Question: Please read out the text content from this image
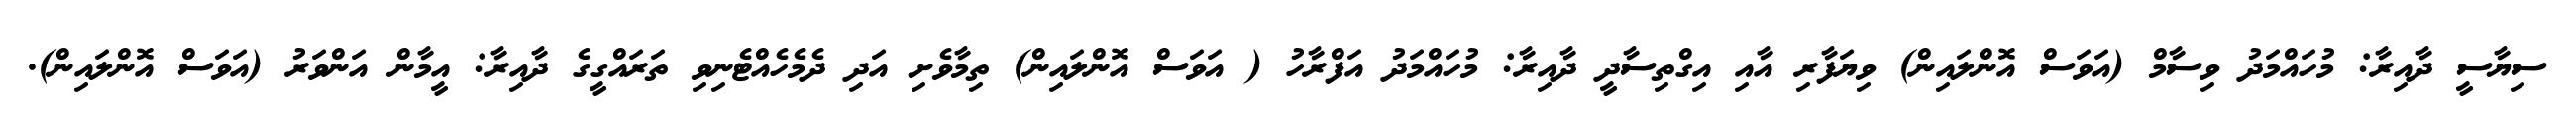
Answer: ސިޔާސީ ދާއިރާ: މުހައްމަދު ވިސާމް (އަވަސް އޮންލައިން) ވިޔަފާރި އާއި އިގްތިސާދީ ދާއިރާ: މުހައްމަދު އަފްރާހު ( އަވަސް އޮންލައިން) ތިމާވެށި އަދި ދެމެހެއްޓެނިވި ތަރައްގީގެ ދާއިރާ: އީމާން އަންވަރު (އަވަސް އޮންލައިން).